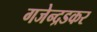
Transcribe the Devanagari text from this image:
गजेन्द्रडकर